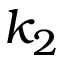
k _ { 2 }